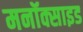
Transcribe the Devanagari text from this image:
मनॉक्साइड